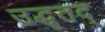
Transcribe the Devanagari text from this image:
उद्धृतद्